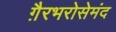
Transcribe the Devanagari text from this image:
ग़ैरभरोसेमंद